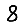
Digit: 8